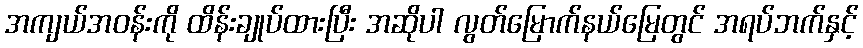
အကျယ်အဝန်းကို ထိန်းချုပ်ထားပြီး အဆိုပါ လွတ်မြောက်နယ်မြေတွင် အရပ်ဘက်နှင့်